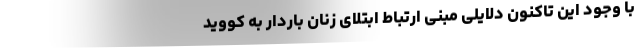
با وجود این تاکنون دلایلی مبنی ارتباط ابتلای زنان باردار به کووید